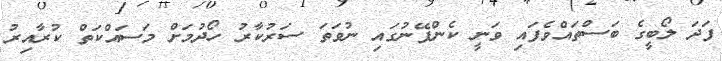
ފަދަ ލޯބީގެ ބަސްތައްވެފައި ވަނީ ކެންޕޭނުގައި ނުވަތަ ސަރުކާރު ހޯދުމަށް މަސައްކަތް ކުރާއިރު